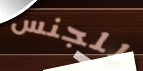
للجنس